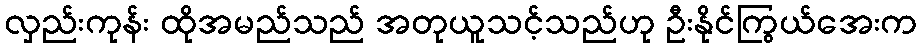
လှည်းကုန်း ထိုအမည်သည် အတုယူသင့်သည်ဟု ဦးနိုင်ကြွယ်အေးက